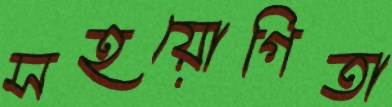
সহয়োগিতা